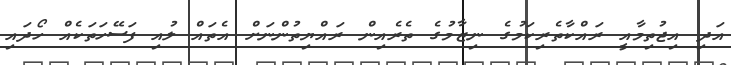
އަދި އިޖުތިމާއީ ރައްކާތެރިކަމުގެ ނިޒާމުގެ ތެރެއިން ރައްޔިތުންނަށް އެތައް ލުއި ފަސޭހަތަކެއް ހޯދައި